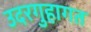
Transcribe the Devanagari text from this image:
उदरगुहागत